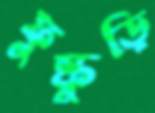
ফুস্কুড়ি